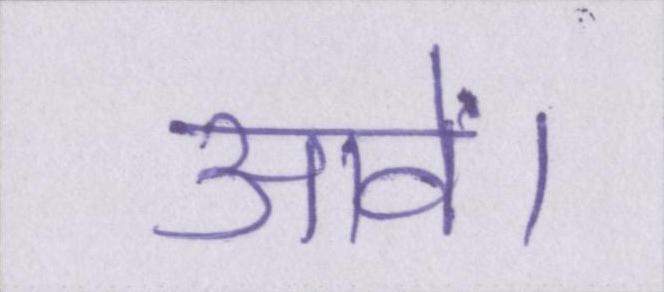
आवें।